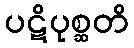
ပဋိပုစ္ဆတိ